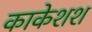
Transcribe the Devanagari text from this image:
काकेशश